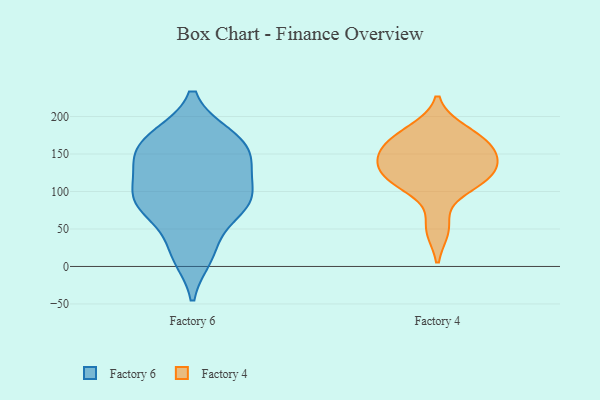
{"axis": {"x": "Customer Acquisition Cost (USD)", "y": "Value"}, "legend": ["Factory 4", "Factory 6"], "data": [{"x": "", "y": 142, "type": "Factory 6"}, {"x": "", "y": 173, "type": "Factory 6"}, {"x": "", "y": 174, "type": "Factory 6"}, {"x": "", "y": 78, "type": "Factory 6"}, {"x": "", "y": 14, "type": "Factory 6"}, {"x": "", "y": 140, "type": "Factory 6"}, {"x": "", "y": 80, "type": "Factory 6"}, {"x": "", "y": 84, "type": "Factory 6"}, {"x": "", "y": 118, "type": "Factory 6"}, {"x": "", "y": 91, "type": "Factory 6"}, {"x": "", "y": 90, "type": "Factory 6"}, {"x": "", "y": 23, "type": "Factory 6"}, {"x": "", "y": 168, "type": "Factory 6"}, {"x": "", "y": 144, "type": "Factory 6"}, {"x": "", "y": 127, "type": "Factory 4"}, {"x": "", "y": 50, "type": "Factory 4"}, {"x": "", "y": 126, "type": "Factory 4"}, {"x": "", "y": 146, "type": "Factory 4"}, {"x": "", "y": 172, "type": "Factory 4"}, {"x": "", "y": 159, "type": "Factory 4"}, {"x": "", "y": 114, "type": "Factory 4"}, {"x": "", "y": 182, "type": "Factory 4"}, {"x": "", "y": 107, "type": "Factory 4"}, {"x": "", "y": 151, "type": "Factory 4"}]}